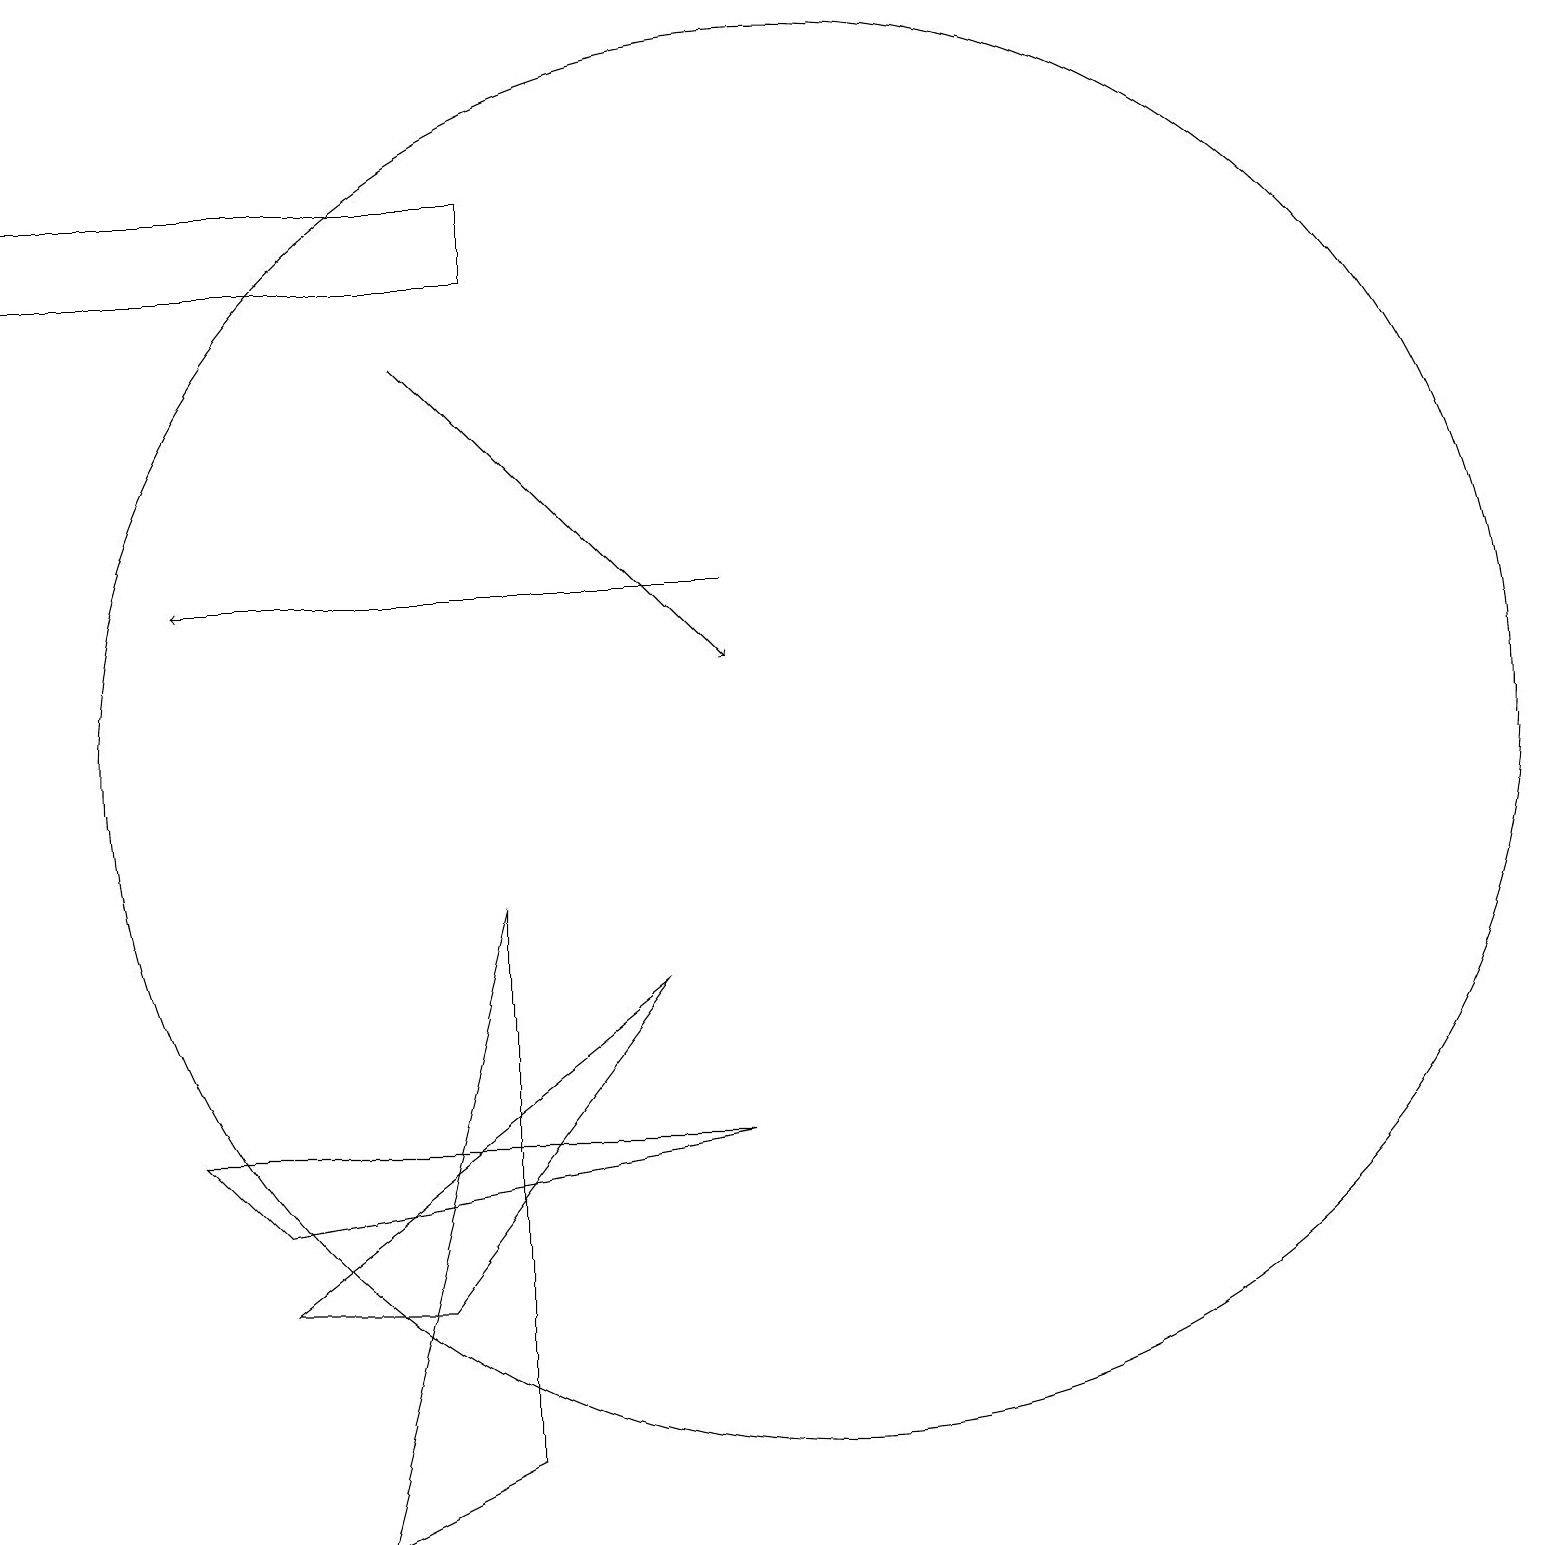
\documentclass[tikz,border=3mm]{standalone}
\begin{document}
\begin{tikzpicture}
\draw (10,11) circle (9);
\draw (8,8) -- (5,4) -- (3,4) -- cycle;
\draw (3,5) -- (2,6) -- (9,6) -- cycle;
\draw (0,18) rectangle (6,17);
\draw[->] (9,13) -- (2,13);
\draw (6,9) -- (6,2) -- (4,1) -- cycle;
\draw[->] (5,16) -- (9,12);
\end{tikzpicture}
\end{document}